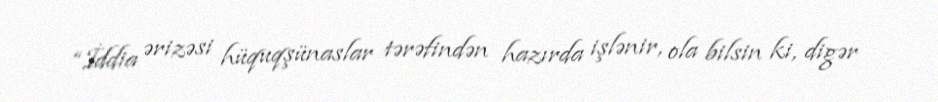
“İddia ərizəsi hüquqşünaslar tərəfindən hazırda işlənir, ola bilsin ki, digər